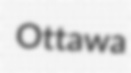
Ottawa